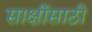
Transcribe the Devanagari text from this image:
साक्षींसाठी